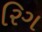
રિગ